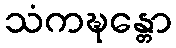
သံကဍ္ဎန္တော